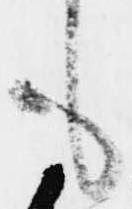
も